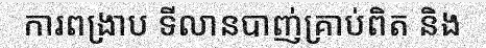
ការពង្រាប ទីលានបាញ់គ្រាប់ពិត និង